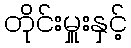
တိုင်းမှူးနှင့်